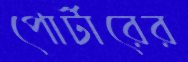
পোর্টারের